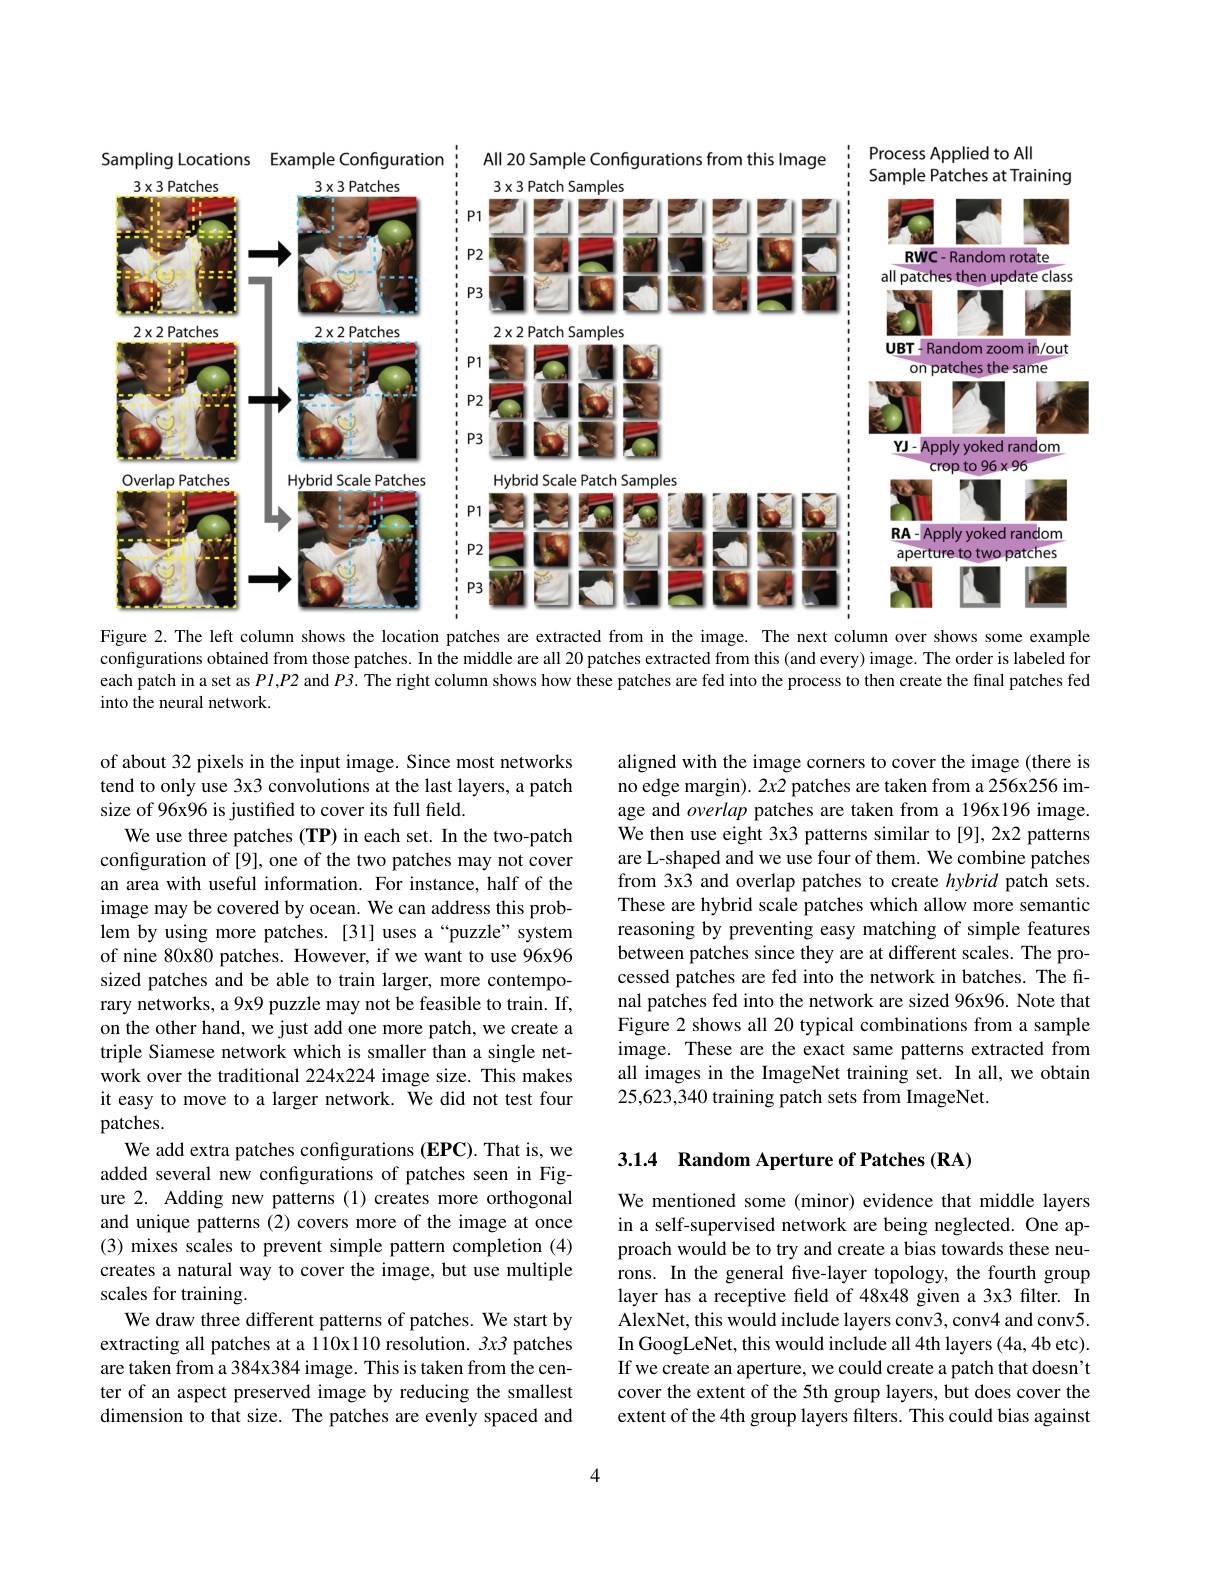
Process Applied to All
<FigureHere>

Sampling Locations Example Configuration
<FigureHere>

All 20 Sample Configurations from this Image
$3\times3$ Patch Samples

$P1$

$P2$

$P3$

$2\times2$ Patch Samples

$P1$

$P2$

$P3$

Hybrid Scale Patch Samples

$P1$

$P2$

$P3$

Figure 2. The left column shows the location patches are extracted from in the image. The next column over shows some example configurations obtained from those patches. In the middle are all 20 patches extracted from this (and every) image. The order is labeled for each patch in a set as $Pl$,P2 and $P3.$ The right column shows how these patches are fed into the process to then create the final patches fed into the neural network.

of about 32 pixels in the input image. Since most networks tend to only use 3x3 convolutions at the last layers, a patch size of 96x96 is justified to cover its full field.
We use three patches (TP) in each set. In the two-patch configuration of [9], one of the two patches may not cover an area with useful information. For instance, half of the image may be covered by ocean. We can address this problem by using more patches. [31] uses a“puzzle”system of nine 80x80 patches. However, if we want to use 96x96 sized patches and be able to train larger, more contemporary networks, a 9x9 puzzle may not be feasible to train. If, on the other hand, we just add one more patch, we create a triple Siamese network which is smaller than a single network over the traditional 224x224 image size. This makes it easy to move to a larger network. We did not test four patches.
We add extra patches configurations (EPC). That is, we added several new configurations of patches seen in Figure 2. Adding new patterns(1) creates more orthogonal and unique patterns (2) covers more of the image at once (3) mixes scales to prevent simple pattern completion (4) creates a natural way to cover the image, but use multiple scales for training.
We draw three different patterns of patches. We start by extracting all patches at a 110x110 resolution. 3x3 patches are taken from a 384x384 image. This is taken from the center of an aspect preserved image by reducing the smallest dimension to that size. The patches are evenly spaced and

aligned with the image corners to cover the image (there is no edge margin). 2x2 patches are taken from a 256x256 image and overlap patches are taken from a 196x196 image. We then use eight 3x3 patterns similar to[9], 2x2 patterns are L-shaped and we use four of them. We combine patches from 3x3 and overlap patches to create hybrid patch sets. These are hybrid scale patches which allow more semantic reasoning by preventing easy matching of simple features between patches since they are at different scales. The processed patches are fed into the network in batches. The final patches fed into the network are sized 96x96. Note that Figure 2 shows all 20 typical combinations from a sample image. These are the exact same patterns extracted from all images in the ImageNet training set. In all, we obtain 25,623,340 training patch sets from ImageNet.

3.1.4 Random Aperture of Patches (RA)

We mentioned some (minor) evidence that middle layers in a self-supervised network are being neglected. One approach would be to try and create a bias towards these neurons. In the general five-layer topology, the fourth group layer has a receptive feld of 48x48 given a 3x3 filter. In AlexNet, this would include layers conv3, conv4 and conv5. In GoogLeNet, this would include all 4th layers (4a, 4b etc). If we create an aperture, we could create a patch that doesn't cover the extent of the 5th group layers, but does cover the extent of the 4th group layers filters. This could bias against

4